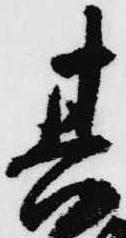
其